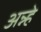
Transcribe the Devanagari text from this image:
अन्न्हे